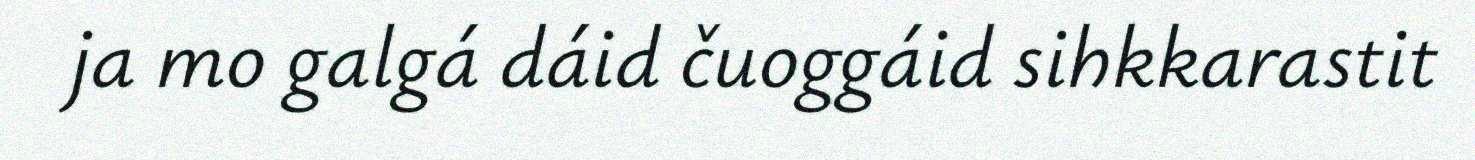
ja mo galgá dáid čuoggáid sihkkarastit